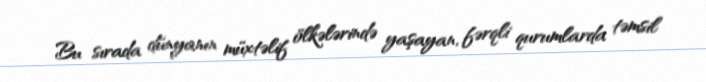
Bu sırada dünyanın müxtəlif ölkələrində yaşayan, fərqli qurumlarda təmsil